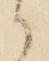
御